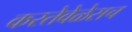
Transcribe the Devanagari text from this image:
करतेवेळेसच